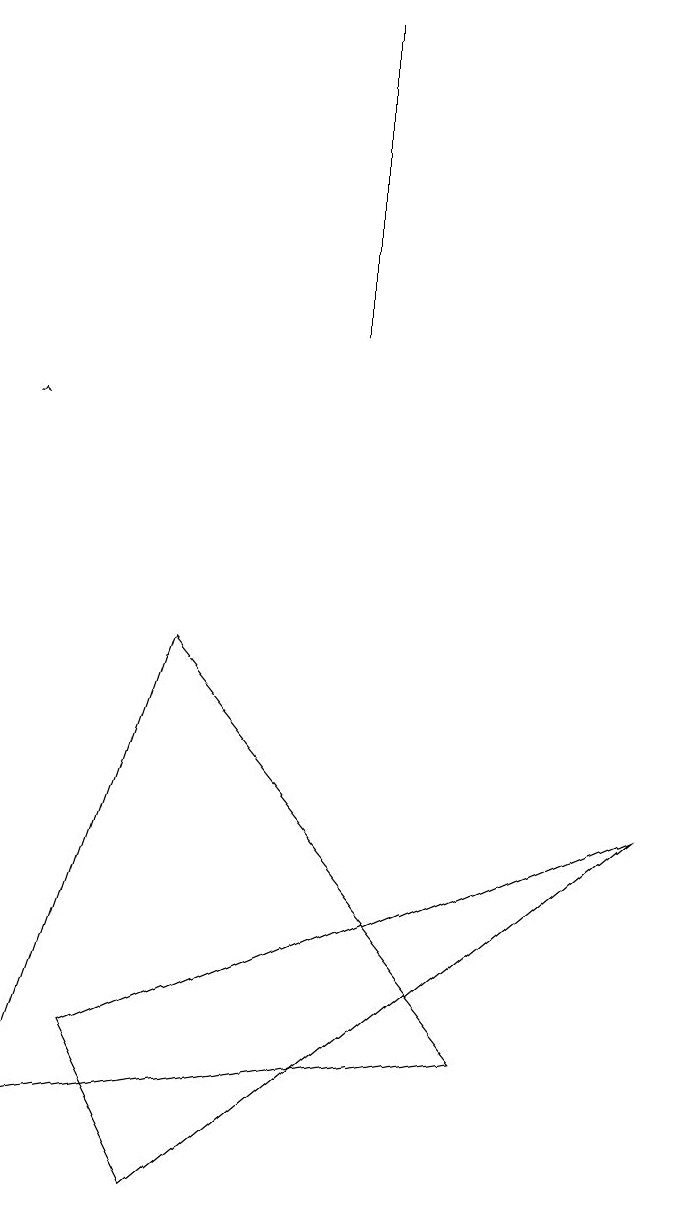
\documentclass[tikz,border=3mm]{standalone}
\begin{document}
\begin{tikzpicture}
\draw (9,6) -- (2,3) -- (3,1) -- cycle;
\draw[->] (1,11) -- (1,11);
\draw (7,3) -- (1,2) -- (3,8) -- cycle;
\draw (5,16) rectangle (5,12);
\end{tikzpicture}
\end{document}